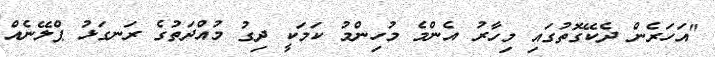
"އަހަރެން ދެކޭގޮތުގައި މިހާރު އެންމެ މުހިންމު ކަމަކީ ދިގު މުއްދަތުގެ ރަނގަޅު ޕްލޭނެއް